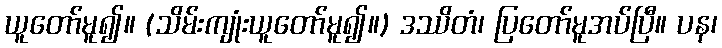
ယူတော်မူ၍။ (သိမ်းကျုံးယူတော်မူ၍။) ဒဿိတံ၊ ပြတော်မူအပ်ပြီ။ ပန၊